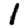
Digit: 1